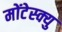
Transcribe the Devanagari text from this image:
मोंटेस्क्यु